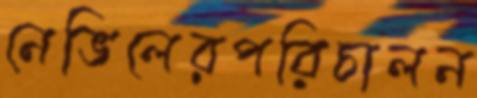
নেভিলেরপরিচালন